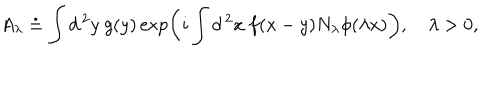
LaTeX: A _ { \lambda } \doteq \int d ^ { \, 2 } y \ g ( y ) \exp \left( i \int d ^ { \, 2 } x \ f ( x - y ) N _ { \lambda } \phi ( \lambda x ) \right) , \quad \lambda > 0 ,